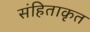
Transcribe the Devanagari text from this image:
संहिताकृत